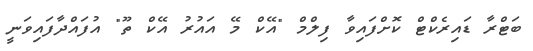
ބަޓްރާ ޑައިރެކްޓް ކޮށްފައިވާ ފިލްމް "އޭކް މޭ އައުރު އޭކް ތޫ" އުފައްދާފައިވަނީ